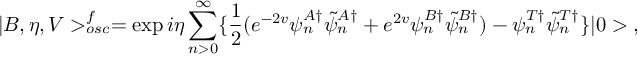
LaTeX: | B , \eta , V > _ { o s c } ^ { f } = \exp { i \eta \sum _ { n > 0 } ^ { \infty } \{ \frac { 1 } { 2 } ( e ^ { - 2 v } \psi _ { n } ^ { A \dagger } \tilde { \psi } _ { n } ^ { A \dagger } + e ^ { 2 v } \psi _ { n } ^ { B \dagger } \tilde { \psi } _ { n } ^ { B \dagger } ) - \psi _ { n } ^ { T \dagger } \tilde { \psi } _ { n } ^ { T \dagger } \} } | 0 > \; ,